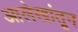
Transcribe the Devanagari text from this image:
आलेखांतून